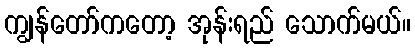
ကျွန်တော်ကတော့ အုန်းရည် သောက်မယ်။